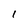
Character: I